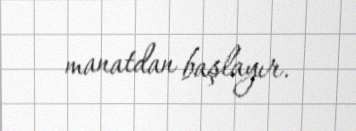
manatdan başlayır.